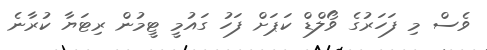
ވެސް މި ފަހަރުގެ ވޯލްޑް ކަޕަށް ފަހު ގައުމީ ޓީމުން ރިޓަޔާ ކުރާނެ